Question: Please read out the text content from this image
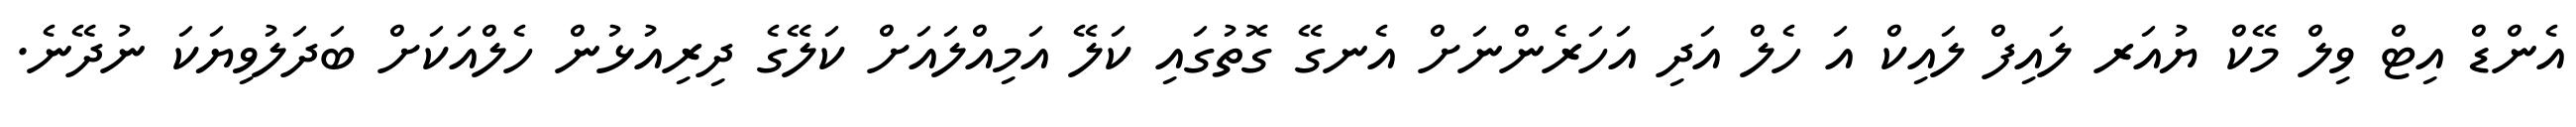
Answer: އެންޑް އިޓް ވިލް މޭކް ޔުއަރ ލައިފް ލައިކް އަ ހެލް އަދި އަހަރެންނަށް އެނގޭ ގޮތުގައި ކަލޭ އަމިއްލައަށް ކަލޭގެ ދިރިއުޅުން ހެލްއަކަށް ބަދަލުވިޔަކަ ނުދޭނެ.